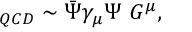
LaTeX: \L _ { Q C D } \sim \bar { \Psi } \gamma _ { \mu } \Psi \ G ^ { \mu } ,